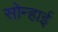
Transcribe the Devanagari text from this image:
सोन्हाई